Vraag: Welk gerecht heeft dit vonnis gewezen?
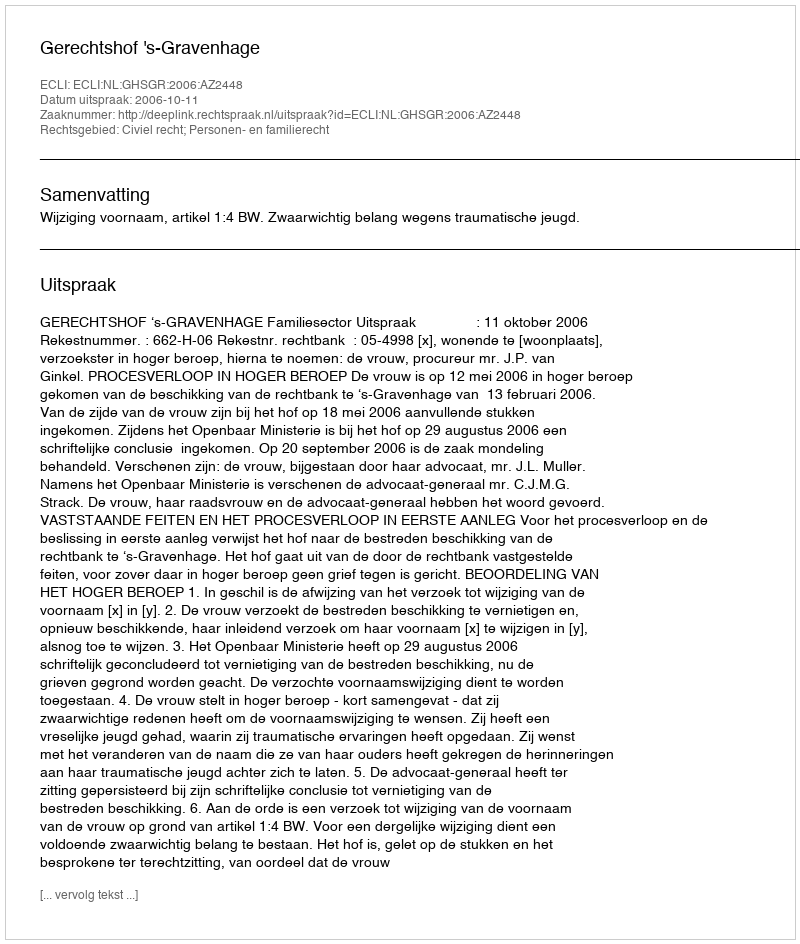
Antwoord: Gerechtshof 's-Gravenhage